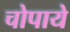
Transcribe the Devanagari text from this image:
चोपाये